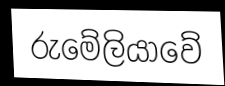
රුමේලියාවේ